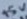
Text: +5V